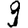
Digit: 9